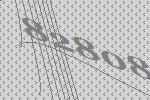
82808